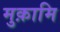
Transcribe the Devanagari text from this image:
मुक़ामि